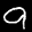
Label: 9